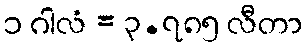
၁ ဂါလံ = ၃.၇၈၅ လီတာ